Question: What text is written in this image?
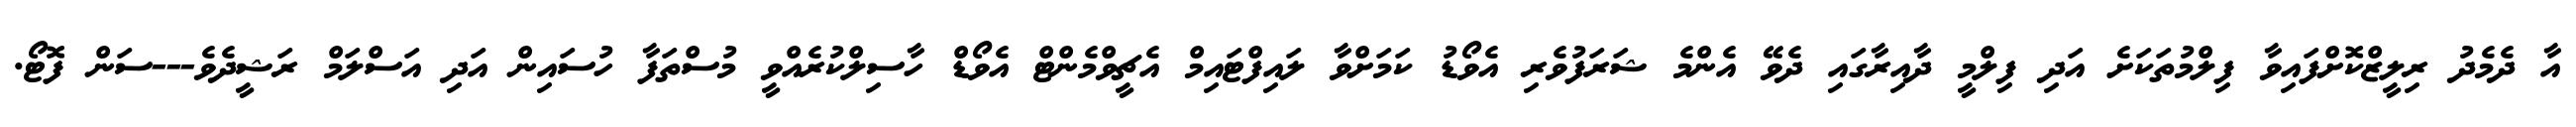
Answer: އާ ދެމެދު ރިލީޒްކޮށްފައިވާ ފިލްމުތަކަށެ އަދި ފިލްމީ ދާއިރާގައި ދެވޭ އެންމެ ޝަރަފުވެރި އެވޯޑު ކަމަށްވާ ލައިފްޓައިމް އެޗީވްމެންޓް އެވޯޑް ހާސިލްކުރެއްވީ މުސްތަފާ ހުސައިން އަދި އަސްލަމް ރަޝީދެވެ---ސަން ފޮޓޯ.